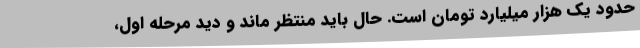
حدود یک هزار میلیارد تومان است. حال باید منتظر ماند و دید مرحله اول،